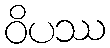
ဝိပဿ